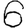
Digit: 6